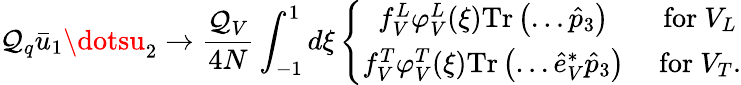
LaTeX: \mathcal{Q}_{q}\bar{{u}}_{1}\dotsu_{2}\to\frac{{\mathcal{Q}_{V}}}{{4N}}\int_{-1}^{1}d\xi\left\{ \begin{array}{ccc}{{f_{V}^{L}\varphi_{V}^{L}(\xi)\mathrm{Tr}\left(\dots\hat{p}_{3}\right)}}&{{\mathrm{~for~}V_{L}}}\\ {{f_{V}^{T}\varphi_{V}^{T}(\xi)\mathrm{Tr}\left(\dots\hat{e}_{V}^{*}\hat{p}_{3}\right)}}&{{\mathrm{~for~}V_{T}.}}\end{array}\right.